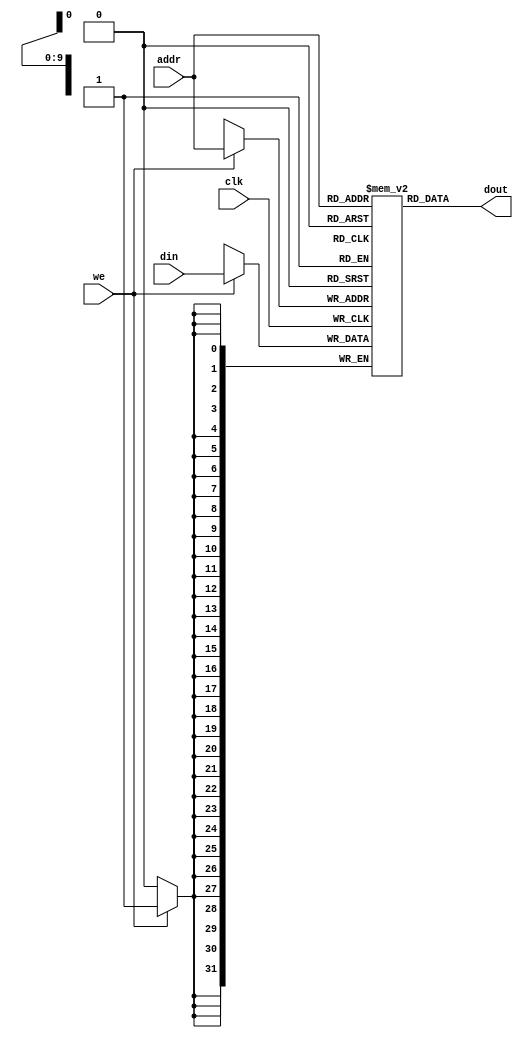
module dm_4k(
  input [11:2] addr,      // address bus
  input [31:0] din,       // 32-bit input data
  input we,               // memory write enable
  input clk,              // clock
  output [31:0] dout      // 32-bit memory output
  );
  
  reg [31:0] dm[1023:0];
  
  assign dout = dm[addr[11:2]];
  
  always @(posedge clk)
  begin
    if (we)
      dm[addr] = din;
  end
  
endmodule